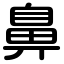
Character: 鼻